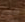
فى